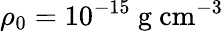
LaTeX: \rho_{0}=10^{-15}\ \mathrm{g\ cm^{-3}}